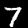
Digit: 7